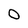
Character: O